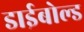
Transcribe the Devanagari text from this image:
डाईबोल्ड